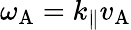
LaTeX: \omega_{\mathrm{A}}=k_{\| }v_{\mathrm{A}}